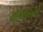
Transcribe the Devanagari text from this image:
योगगुरुओं